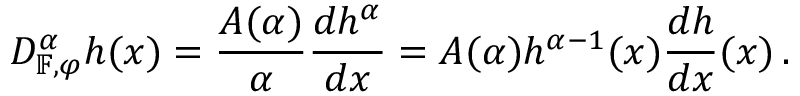
D _ { \mathbb { F } , \varphi } ^ { \alpha } h ( x ) = \frac { A ( \alpha ) } { \alpha } \frac { d h ^ { \alpha } } { d x } = A ( \alpha ) h ^ { \alpha - 1 } ( x ) \frac { d h } { d x } ( x ) \, .